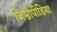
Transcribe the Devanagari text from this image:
जिम्नोपीडिया